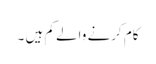
کام کرنے والے کم ہیں ۔